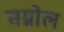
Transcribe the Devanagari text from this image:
सग्नोल